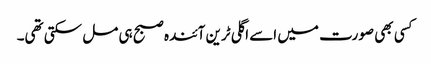
کسی بھی صورت میں اسے اگلی ٹرین آئندہ صبح ہی مل سکتی تھی۔